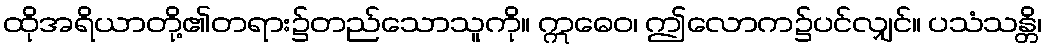
ထိုအရိယာတို့၏တရား၌တည်သောသူကို။ ဣဓေဝ၊ ဤလောက၌ပင်လျှင်။ ပသံသန္တိ၊